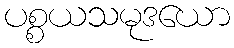
ပစ္စယသမုဒယော